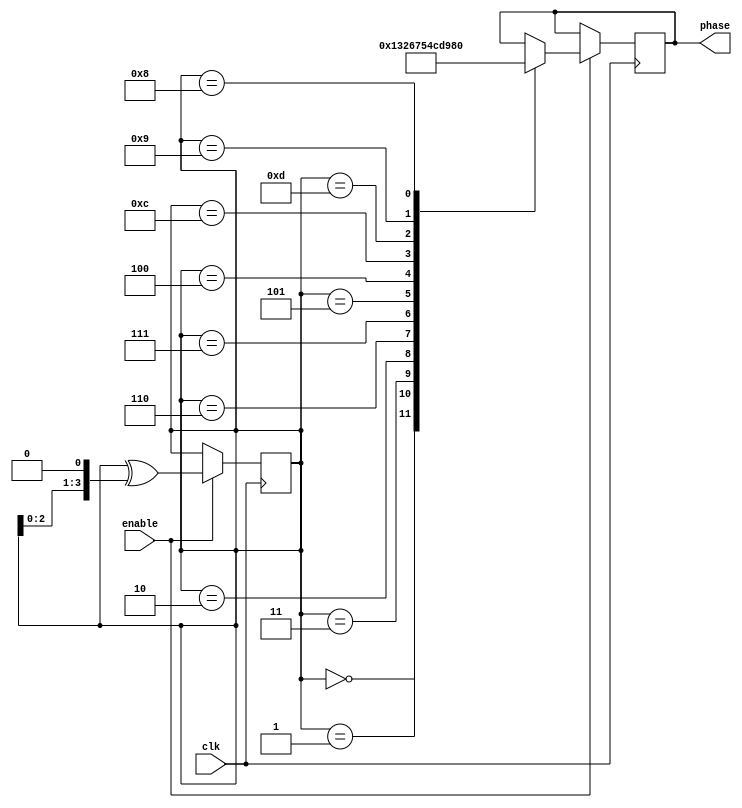
module gray_counter_clock_divider (
    input wire clk,            // Input clock signal
    input wire enable,         // Enable signal for the clock divider
    output reg [3:0] phase     // Output phase signal
);

reg [3:0] gray_counter;

always @(posedge clk) begin
    if (enable) begin
        // Gray counter logic
        gray_counter <= gray_counter ^ ({gray_counter[2:0], 1'b0});

        // Output phase logic
        case(gray_counter)
            4'b0000: phase <= 4'b0001;
            4'b0001: phase <= 4'b0011;
            4'b0011: phase <= 4'b0010;
            4'b0010: phase <= 4'b0110;
            4'b0110: phase <= 4'b0111;
            4'b0111: phase <= 4'b0101;
            4'b0101: phase <= 4'b0100;
            4'b0100: phase <= 4'b1100;
            4'b1100: phase <= 4'b1101;
            4'b1101: phase <= 4'b1001;
            4'b1001: phase <= 4'b1000;
            4'b1000: phase <= 4'b0000;
        endcase
    end
end

endmodule